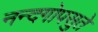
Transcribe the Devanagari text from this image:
नन्दगोपसुते